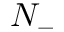
N _ { - }